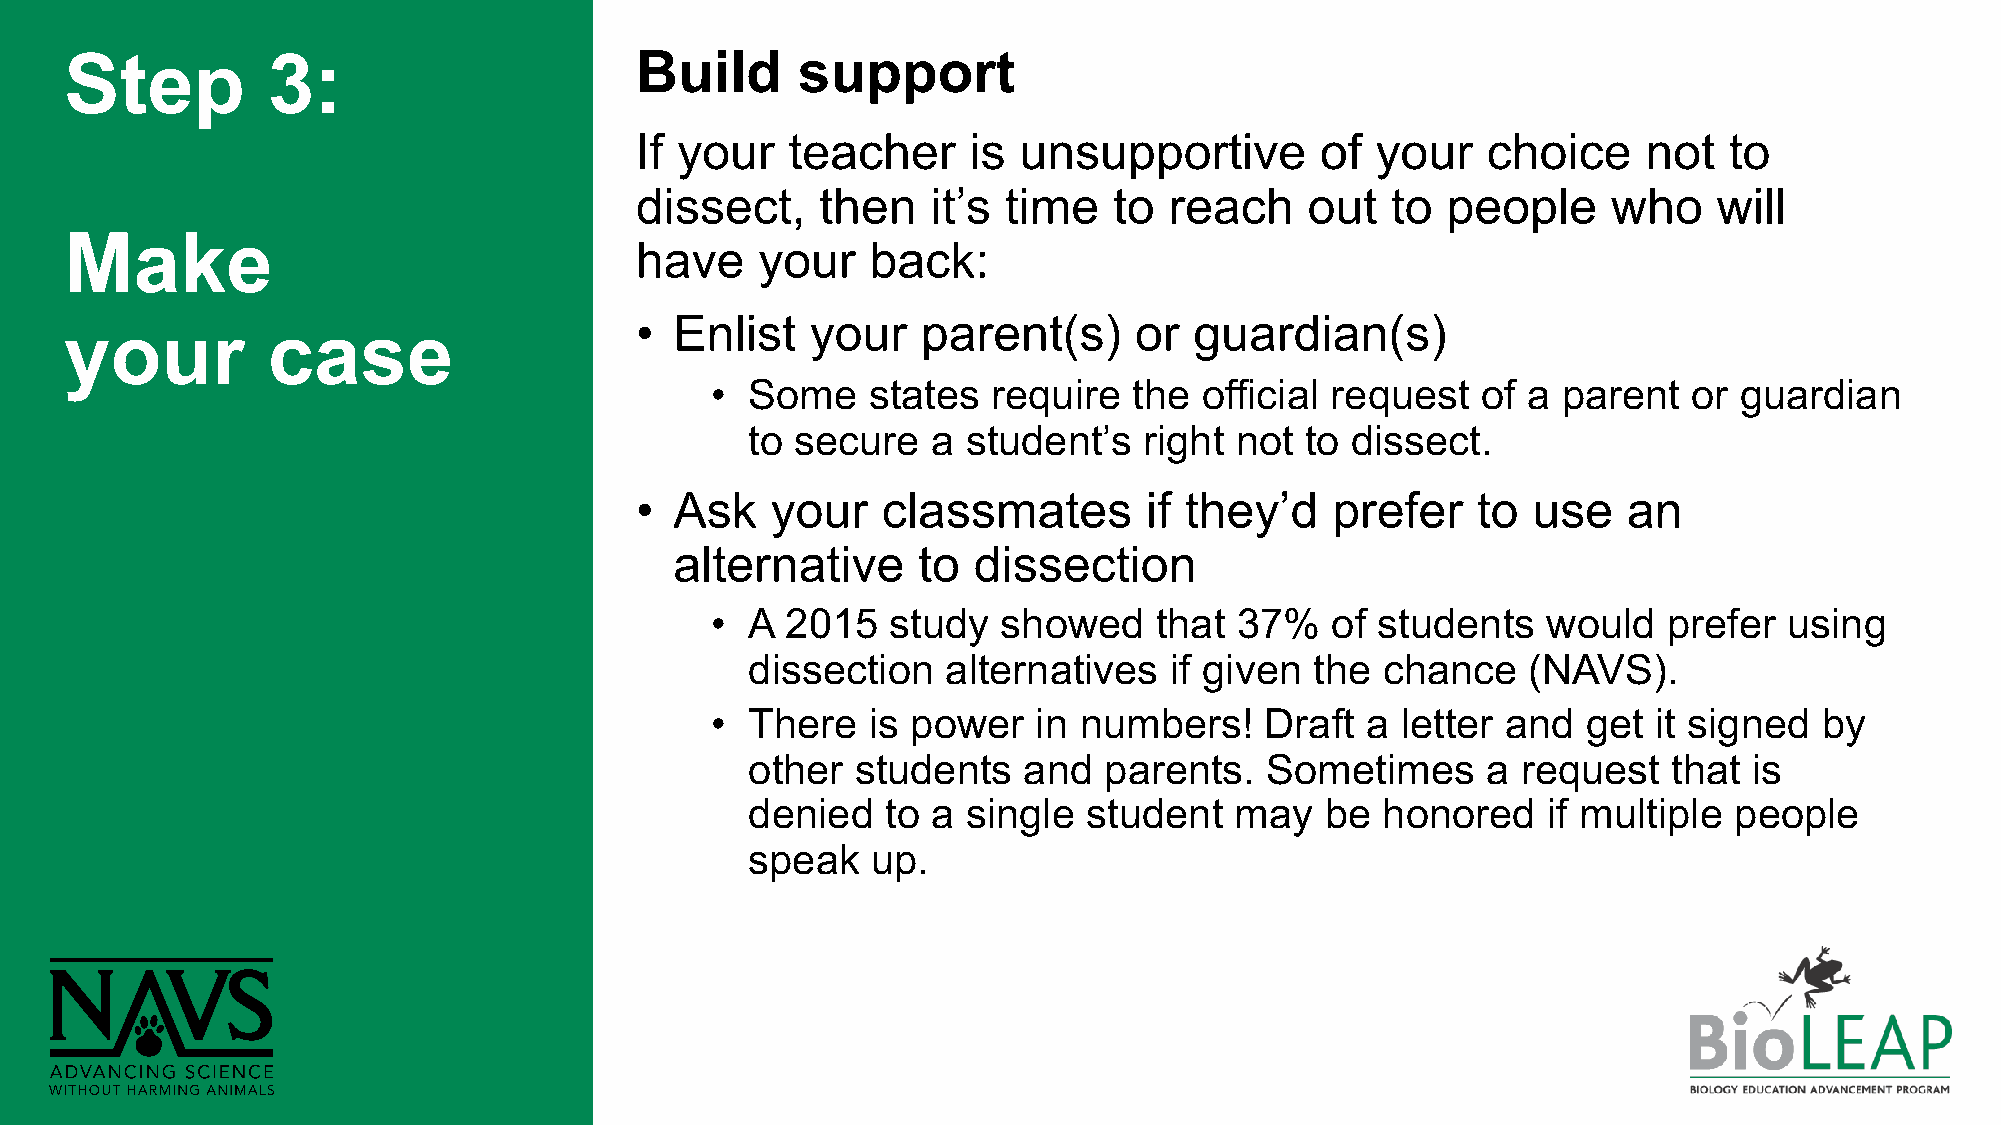
Step          3:                      Build      support
 If your   teacher     is unsupportive        of  your   choice     not  to
 dissect,    then    it’s time   to reach     out  to  people     who    will
 Make
 have    your    back:
 •  Enlist   your   parent(s)     or  guardian(s)
 your          case
 •  Some   states   require  the  official request  of a parent   or guardian
 to secure   a student’s   right not to dissect.
 •  Ask   your   classmates        if they’d   prefer    to use    an
 alternative     to dissection
 •  A 2015   study  showed    that  37%   of students   would   prefer  using
 dissection   alternatives  if given  the chance    (NAVS).
 •  There  is power    in numbers!    Draft a  letter and  get  it signed  by
 other  students   and  parents.   Sometimes     a  request   that is
 denied   to a single  student   may   be honored    if multiple  people
 speak   up.